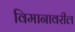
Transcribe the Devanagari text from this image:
विमानावरील